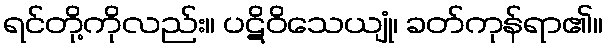
ရင်တို့ကိုလည်း။ ပဋိဝိသေယျုံ၊ ခတ်ကုန်ရာ၏။